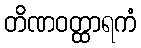
တိဏဝတ္ထာရကံ